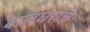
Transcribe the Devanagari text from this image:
बालघरांचे